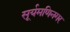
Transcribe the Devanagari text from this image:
सूर्यमणिनगर